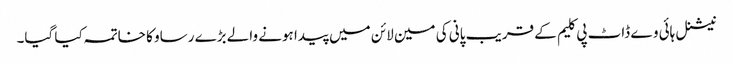
نیشنل ہائی وے ڈاٹ پی کلیم کے قریب پانی کی مین لائن میں پیدا ہونے والے بڑے رساو کا خاتمہ کیا گیا۔